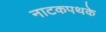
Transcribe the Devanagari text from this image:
नाटकपथके